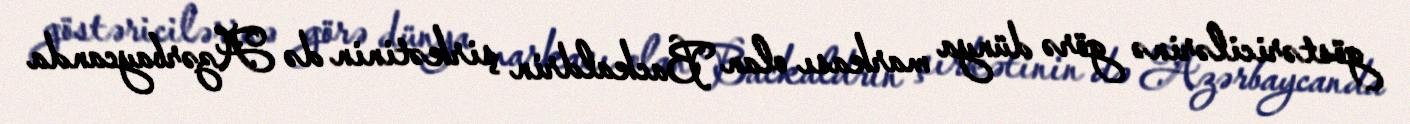
göstəricilərinə görə dünya markası olan Backaldrin şirkətinin də Azərbaycanda